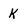
Character: k